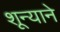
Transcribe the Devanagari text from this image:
शून्याने